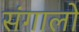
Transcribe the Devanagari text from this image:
संगालो